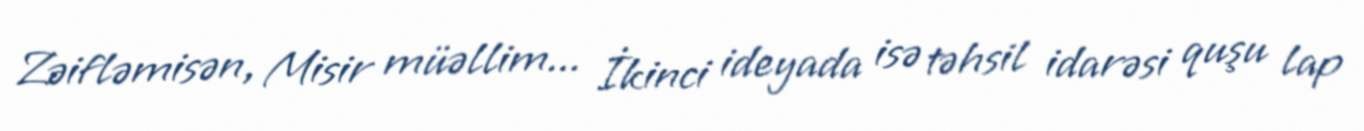
Zəifləmisən, Misir müəllim... İkinci ideyada isə təhsil idarəsi quşu lap